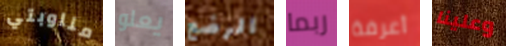
مناوبتي يعلو الرضع ربما أعرفة وعلينا